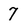
Character: 7